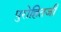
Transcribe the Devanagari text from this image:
पुरोहितजी